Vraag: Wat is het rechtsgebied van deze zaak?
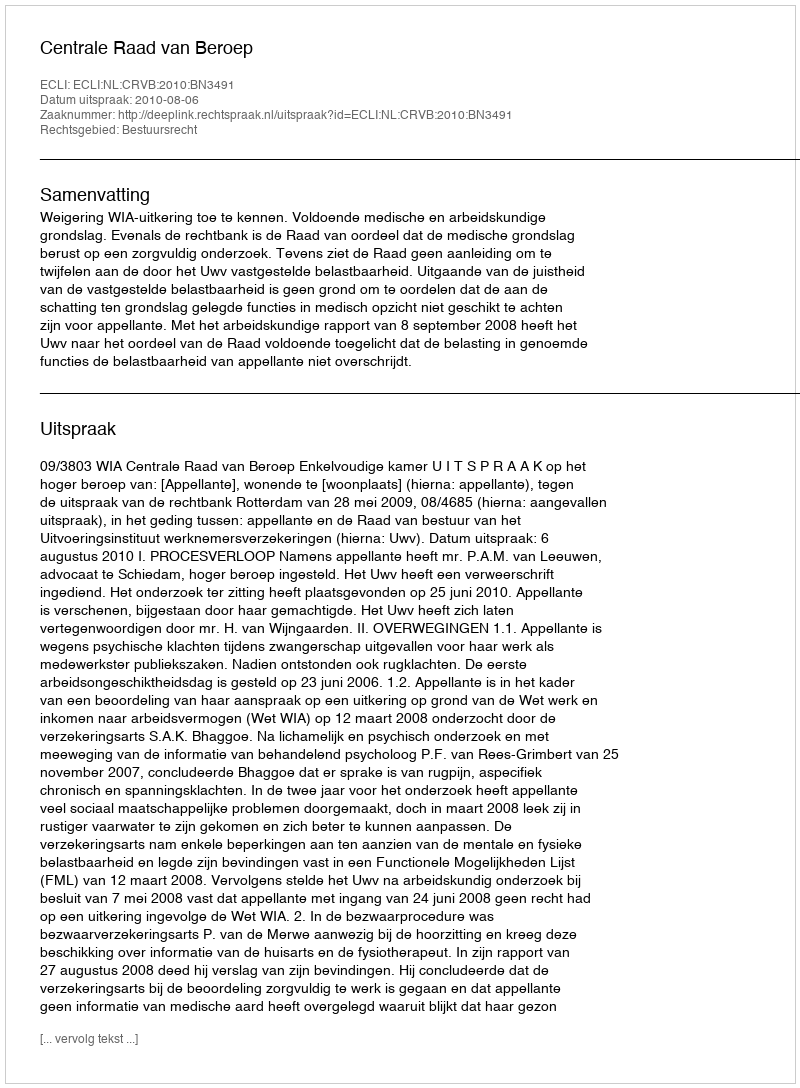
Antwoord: Bestuursrecht